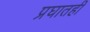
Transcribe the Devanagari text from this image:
प्रघातही